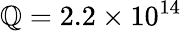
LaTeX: \mathbb{Q}=2.2\times10^{14}